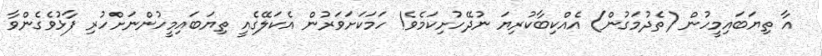
އާ ތިޔަބައިމީހުން (ތެދުމަގުން) އެއްކިބާކުރިޔަ ނުދޭހުށިކަމެވެ! ހަމަކަށަވަރުން އެކަލޭގެއީ ތިޔަބައިމީހުންނަށްހުރި ފާޅުވެގެންވާ